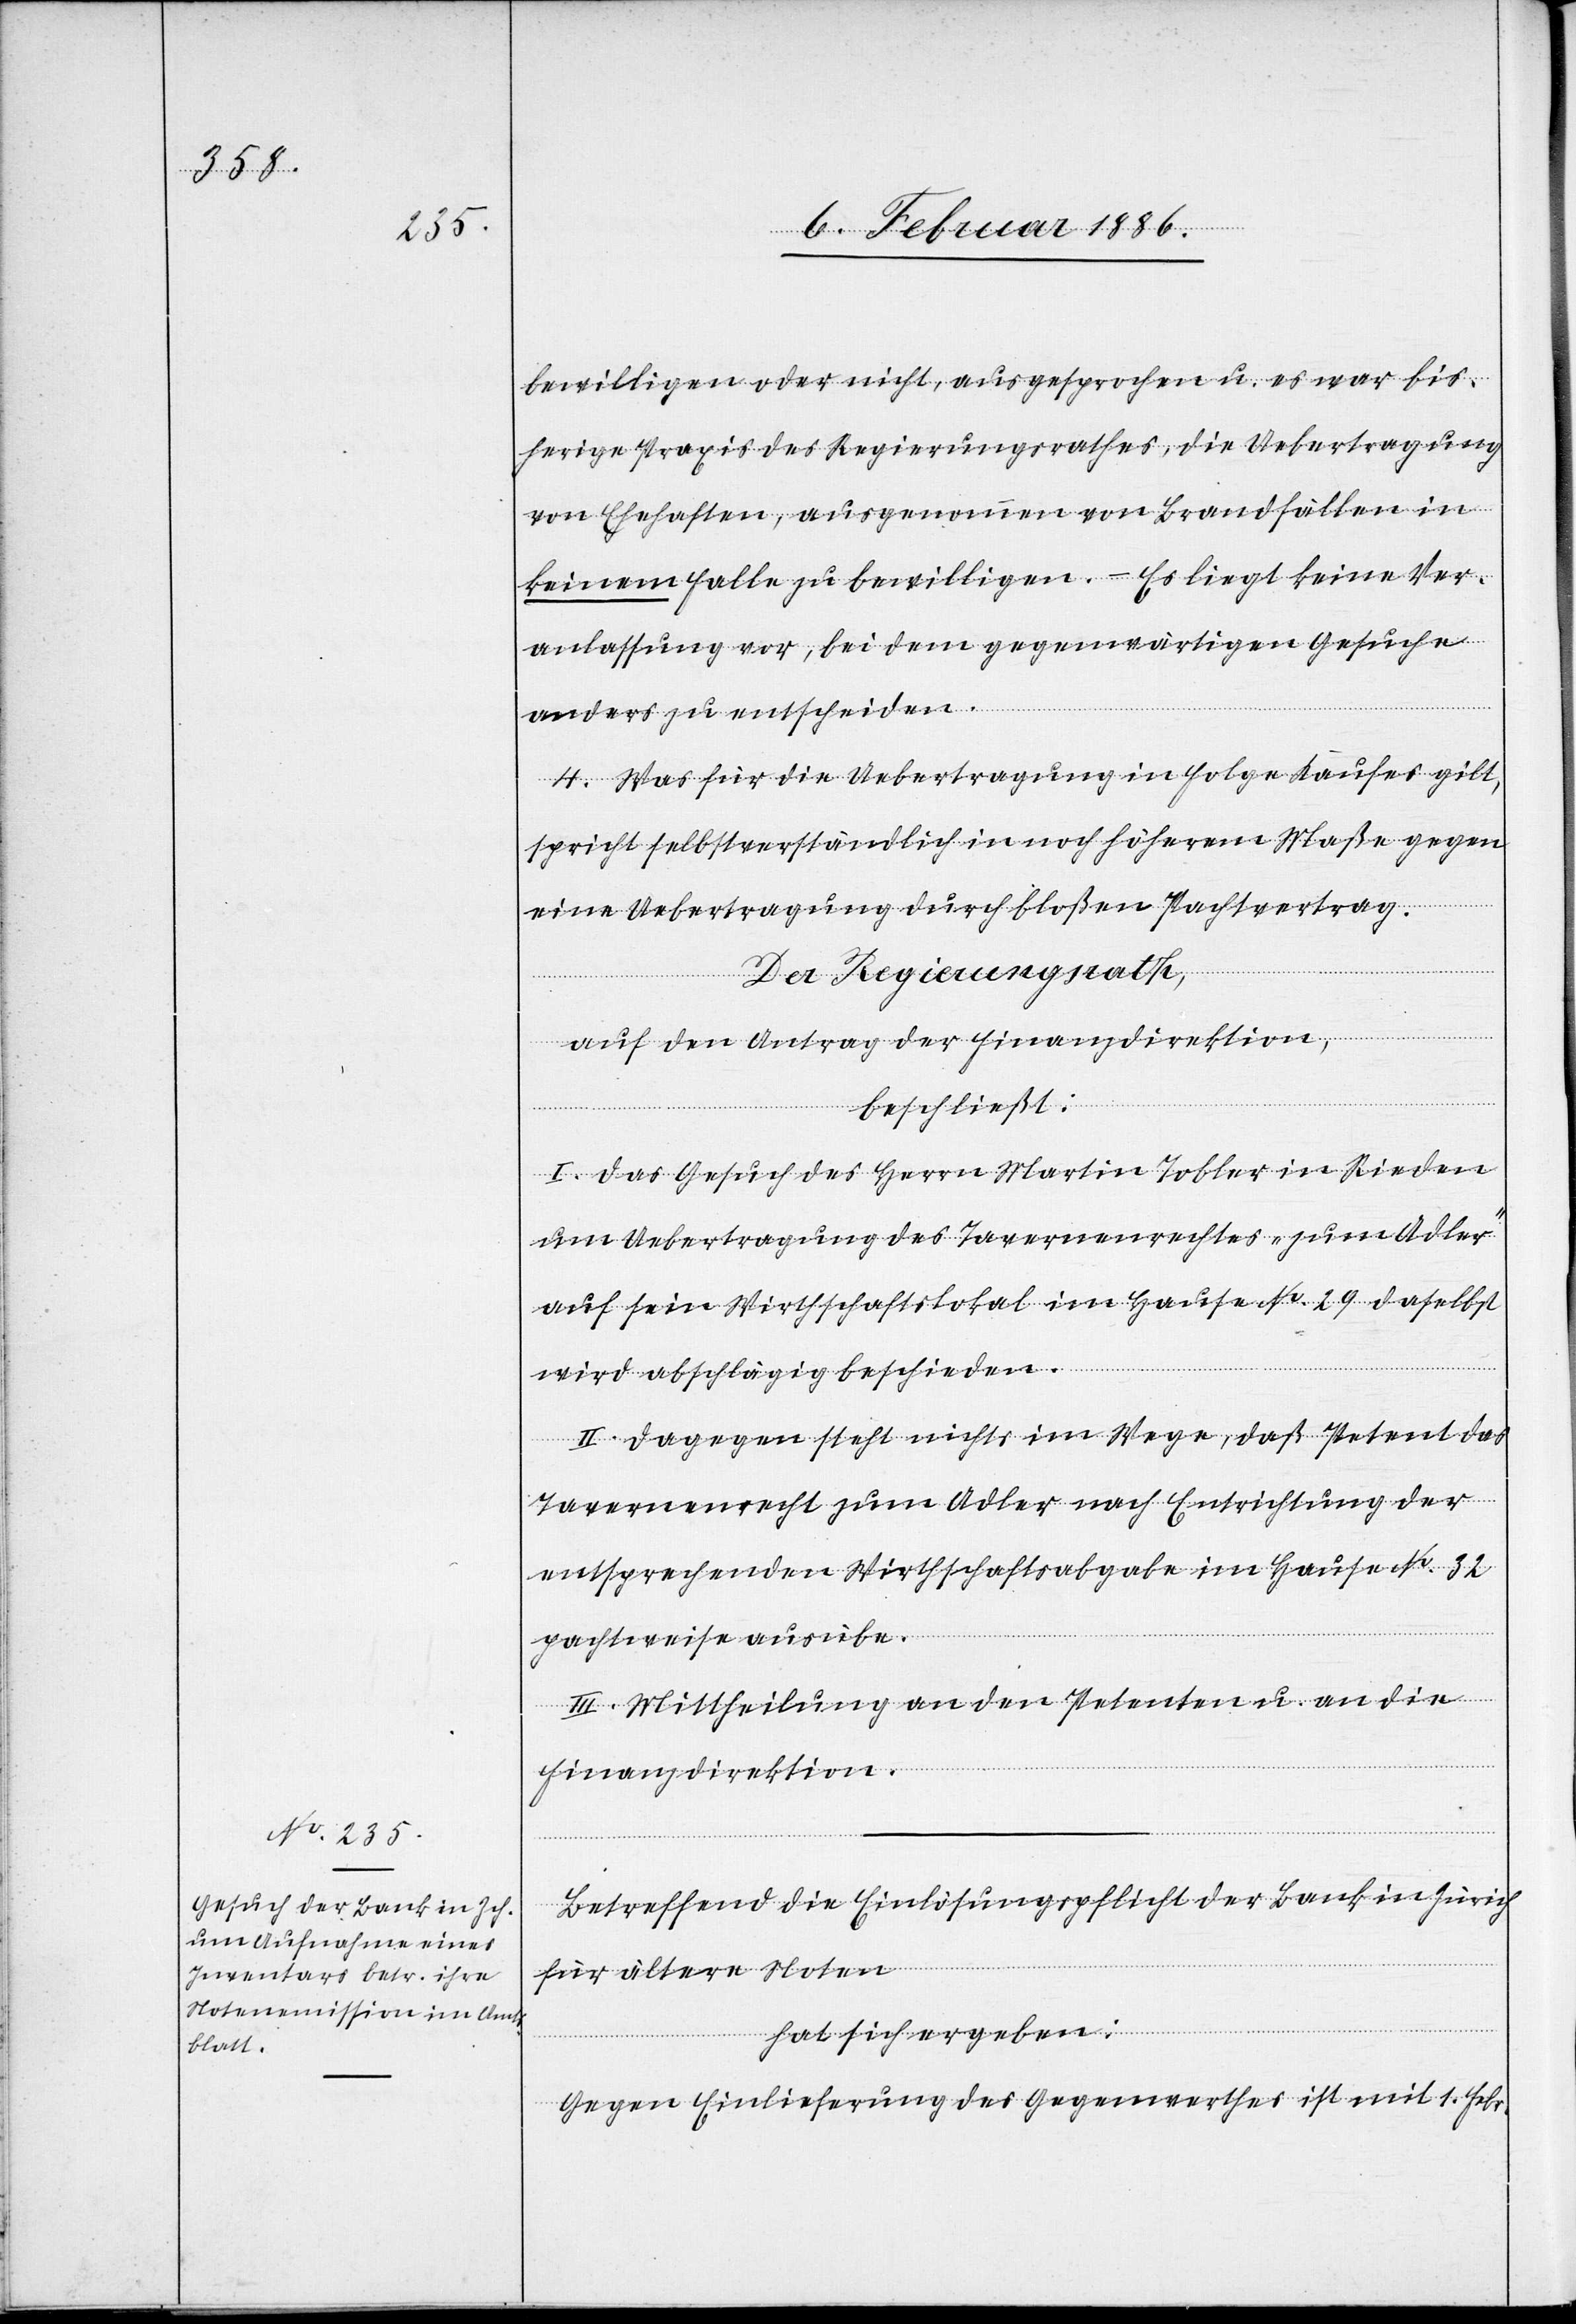
bewilligen oder nicht, ausgesprochen u. es war bis¬
herige Praxis des Regierungsrathes, die Uebertragung
von Ehehaften, ausgenommen von Brandfällen in
keinem Falle zu bewilligen. – Es liegt keine Ver¬
anlassung vor, bei dem gegenwärtigen Gesuche
anders zu entscheiden.
4. Was für die Uebertragung in Folge Kaufes gilt,
spricht selbstverständlich in noch höherem Maße gegen
eine Uebertragung durch bloßen Pachtvertrag.
Der Regierungsrath,
auf den Antrag der Finanzdirektion,
beschließt:
I. Das Gesuch des Herrn Martin Tobler in Rieden
um Uebertragung des Tavernenrechtes „zum Adler“
auf sein Wirtschaftslokal im Hause No 29 daselbst
wird abschlägig beschieden.
II. Dagegen steht nichts im Wege, daß Petent das
Tavernenrecht zum Adler nach Entrichtung der
entsprechenden Wirtschaftsabgabe im Hause No 32
pachtweise ausübe.
III. Mittheilung an den Petenten u. an die
Finanzdirektion.
Betreffend die Einlösungspflicht der Bank in Zürich
für ältere Noten
hat sich ergeben:
Gegen Einlieferung des Gegenwerthes ist mit 1. Febr.